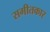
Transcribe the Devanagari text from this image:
सगीतकार